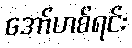
အော်ဟစ်ရင်း